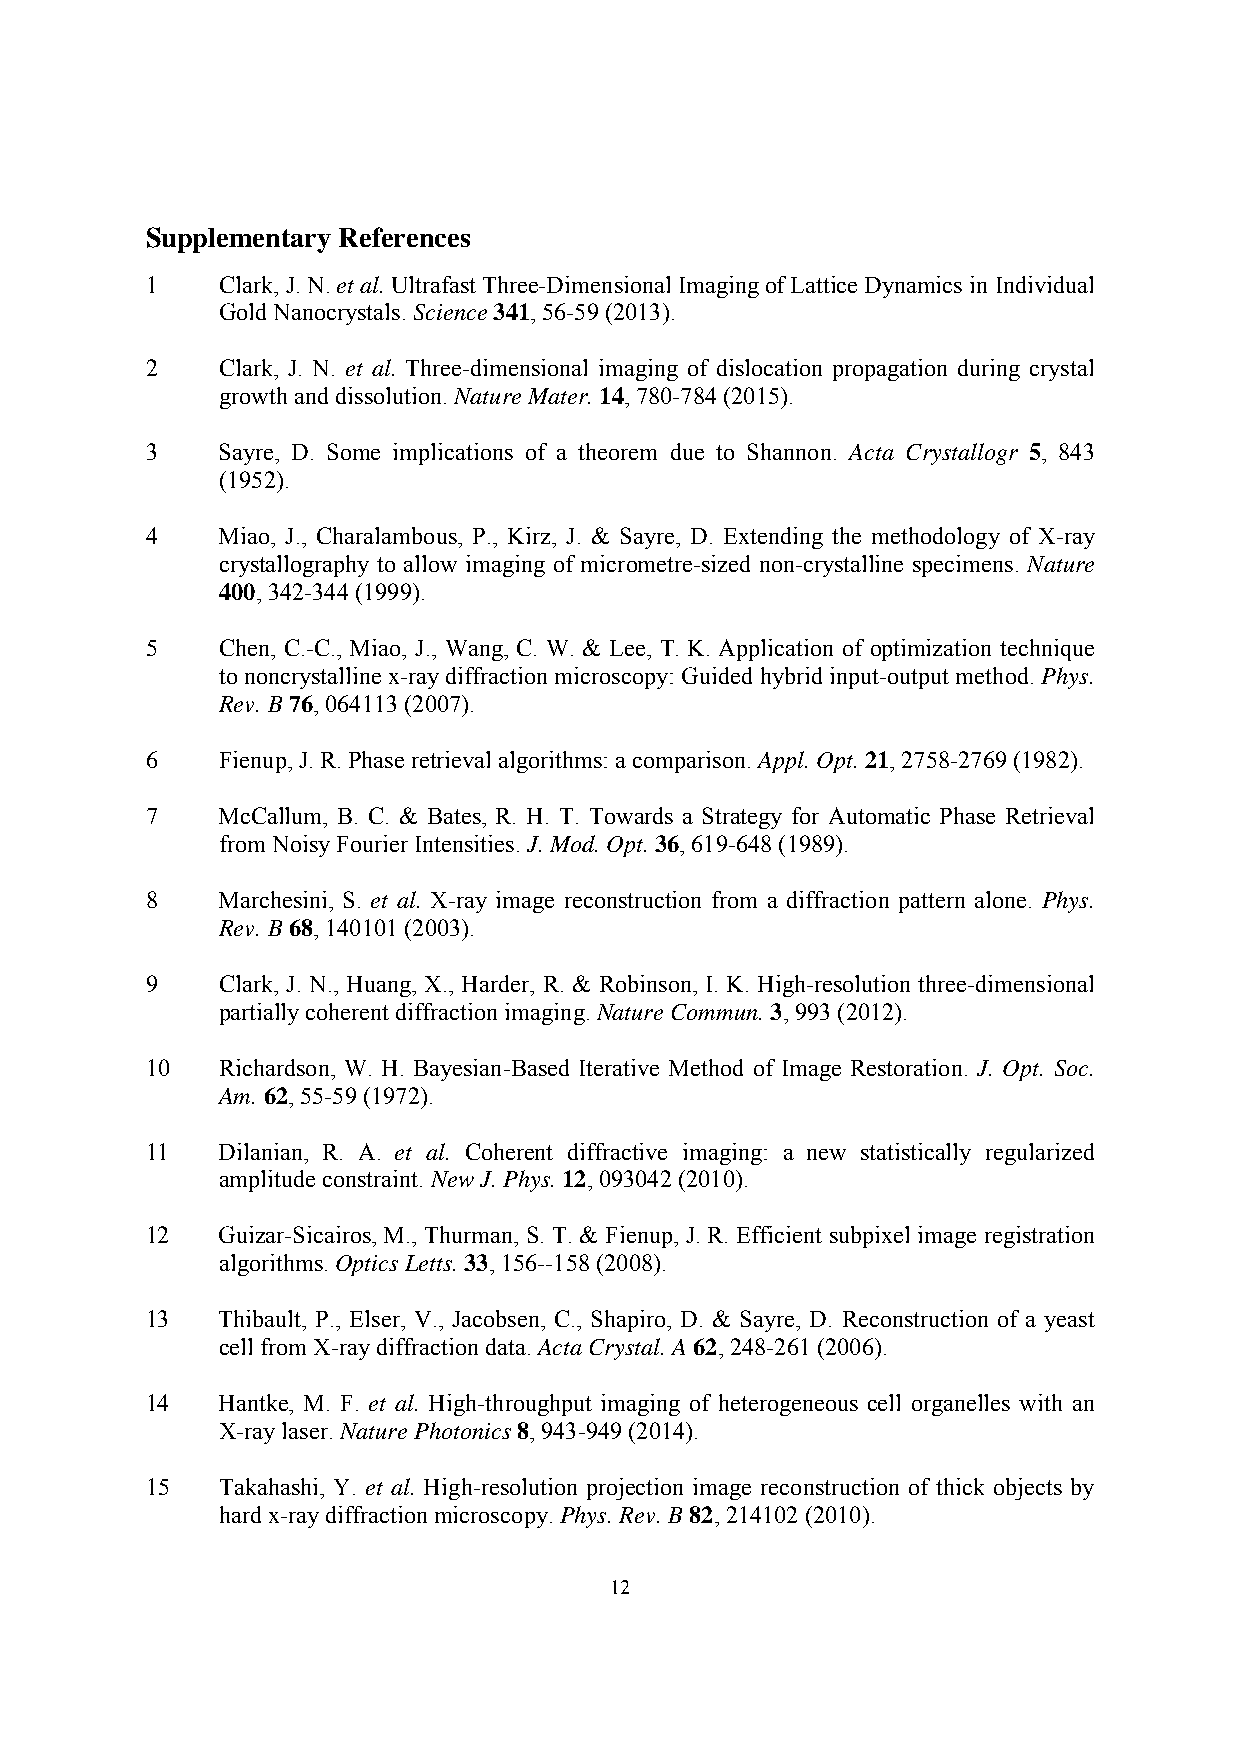
Supplementary References
 1   Clark, J. N. et al. Ultrafast Three-Dimensional Imaging of Lattice Dynamics in Individual
 Gold Nanocrystals. Science 341, 56-59 (2013).
 2   Clark, J. N. et al. Three-dimensional imaging of dislocation propagation during crystal
 growth and dissolution. Nature Mater. 14, 780-784 (2015).
 3   Sayre, D. Some implications of a theorem due to Shannon. Acta Crystallogr 5, 843
 (1952).
 4   Miao, J., Charalambous, P., Kirz, J. & Sayre, D. Extending the methodology of X-ray
 crystallography to allow imaging of micrometre-sized non-crystalline specimens. Nature
 400, 342-344 (1999).
 5   Chen, C.-C., Miao, J., Wang, C. W. & Lee, T. K. Application of optimization technique
 to noncrystalline x-ray diffraction microscopy: Guided hybrid input-output method. Phys.
 Rev. B 76, 064113 (2007).
 6   Fienup, J. R. Phase retrieval algorithms: a comparison. Appl. Opt. 21, 2758-2769 (1982).
 7   McCallum, B. C. & Bates, R. H. T. Towards a Strategy for Automatic Phase Retrieval
 from Noisy Fourier Intensities. J. Mod. Opt. 36, 619-648 (1989).
 8   Marchesini, S. et al. X-ray image reconstruction from a diffraction pattern alone. Phys.
 Rev. B 68, 140101 (2003).
 9   Clark, J. N., Huang, X., Harder, R. & Robinson, I. K. High-resolution three-dimensional
 partially coherent diffraction imaging. Nature Commun. 3, 993 (2012).
 10  Richardson, W. H. Bayesian-Based Iterative Method of Image Restoration. J. Opt. Soc.
 Am. 62, 55-59 (1972).
 11  Dilanian, R. A. et al. Coherent diffractive imaging: a new statistically regularized
 amplitude constraint. New J. Phys. 12, 093042 (2010).
 12  Guizar-Sicairos, M., Thurman, S. T. & Fienup, J. R. Efficient subpixel image registration
 algorithms. Optics Letts. 33, 156--158 (2008).
 13  Thibault, P., Elser, V., Jacobsen, C., Shapiro, D. & Sayre, D. Reconstruction of a yeast
 cell from X-ray diffraction data. Acta Crystal. A 62, 248-261 (2006).
 14  Hantke, M. F. et al. High-throughput imaging of heterogeneous cell organelles with an
 X-ray laser. Nature Photonics 8, 943-949 (2014).
 15  Takahashi, Y. et al. High-resolution projection image reconstruction of thick objects by
 hard x-ray diffraction microscopy. Phys. Rev. B 82, 214102 (2010).
 12